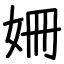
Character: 姍